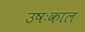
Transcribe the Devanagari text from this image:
उषःकाल